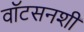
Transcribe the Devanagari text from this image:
वॉटसनशी